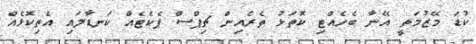
ކުޑަ މޭޒުމަތީ އޭނާ ބެހެއްޓި ކޮތަޅު ތެރެއިން ޗިޕްސް ޕެކެޓެއް ކަނޑާލައި އެތިކޮޅެއް